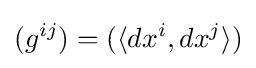
(g^{ij})=(\langle dx^{i},dx^{j}\rangle )